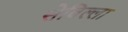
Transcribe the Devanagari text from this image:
सेविल्ला